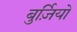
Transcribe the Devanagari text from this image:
बुर्ज़ियो